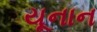
યૂનાન